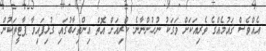
އެއްވެސް ޤައުމެއްގެ ވެރިއަކަށް ވަގަކު ނުހުންނާނެ. ކުރިއަށް އޮތް އިންތިޚާބުގައި ގުޅިފައިވާ ޕާޓީތަކުން